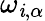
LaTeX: \omega_{\mathit{i},\alpha}